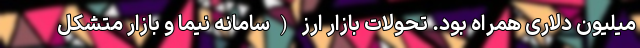
میلیون دلاری همراه بود. تحولات بازار ارز (سامانه نیما و بازار متشکل